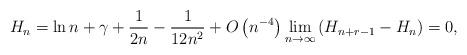
LaTeX: \begin{align*}H_{n}=\ln n+\gamma+\frac{1}{2n}-\frac{1}{12n^{2}}+O\left( n^{-4}\right)\lim_{n\rightarrow\infty}\left( H_{n+r-1}-H_{n}\right) =0,\end{align*}